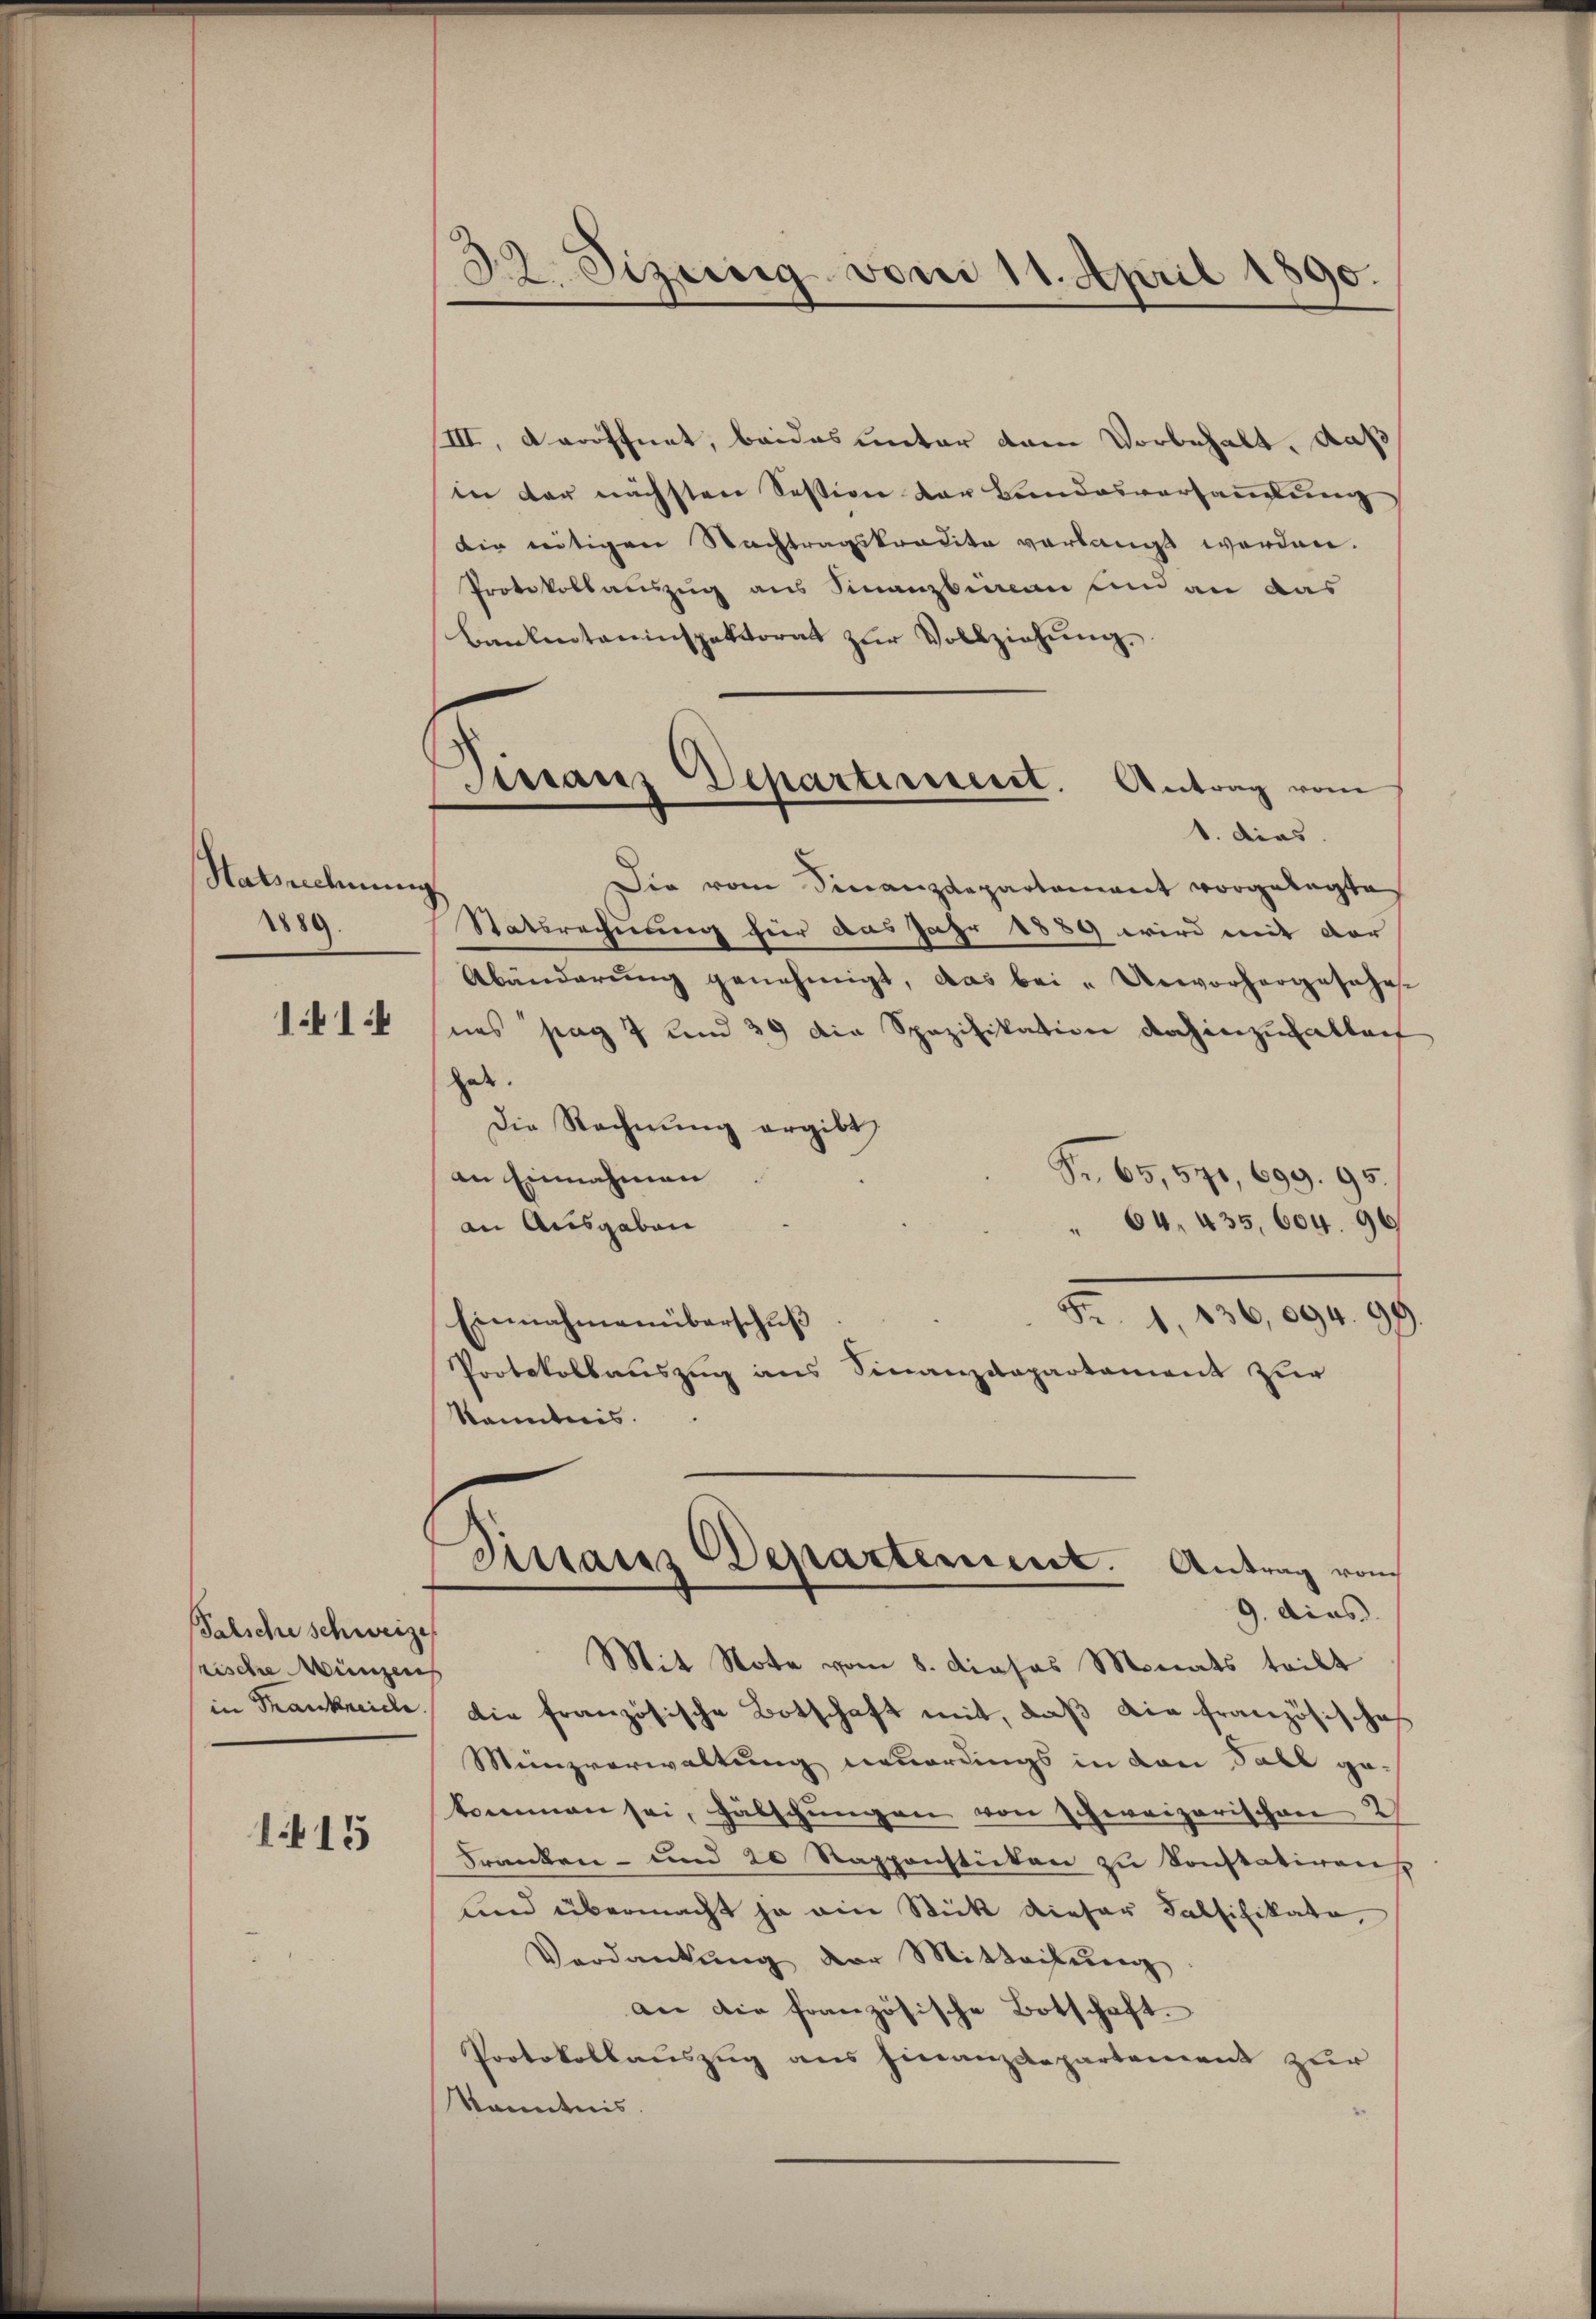
Statsrechun
1889.

1.41:

Palsche schweize
rische Münzens
in Frankreiche

1.15

32. Sizung von 11. April 1890.

Tissans Departinuerit. Antrag vom

III, d eröffnet, beides unter dem Vorbehalt, daß
in der nächsten Session der Bandesverhandlung
die nötigen Nachtragskradita verlangt werden.
Protokollauszug aus Finanzbeman und an das
Bankentaninspektorat zŭr Vollziehŭng.
1. dies
Die vom Finanzdepartement vorgelegte
Satsrechnung hier das Jahr 1889 wird mit der
Abänderŭng genehmigt, das bei "Unvorhergesche-
nes pag 7 und 39 die Spezifikation dahinzukablauf
get.
Die Rechnung ergibt,
Fr. 65, 570, 699. 95.
an Einnahmen.
" 64, 435,604. 96
an Ausgaben
do. 1. Aug. 194. 89.
Einnahmenüberschuß
Protokollauszug aus Finanzdepartament zur
kanntnis.
Distanz Departement. Antrag von
9. dies
Mit Note vom 8. dieses Monats teilt
die französische Botschaft mit, daß die französische
Münzverwaltung neuerdings in den Sall gekommen sei, hälschŭngen von schweizerischen 2
Franken- und 20 Rappenstücken zu Konstatirens
lind übermacht ja ein Stück dieser Falsifikate,
Verdankŭng der Mitteilŭng.
an die französische Botschaft.
Protokollauszug aus Finanzdepartement zur
Kenntnis.